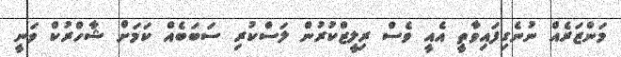
މަންޒަރެއް ނުނެގިފައިވާތީ އެއީ ވެސް ރިލީޒްކުރުން ލަސްކުރި ސަބަބެއް ކަމަށް ޝާހްރުކް ވަނީ